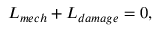
L _ { m e c h } + L _ { d a m a g e } = 0 ,